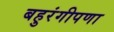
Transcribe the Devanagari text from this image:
बहुरंगीपणा